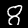
Digit: 8